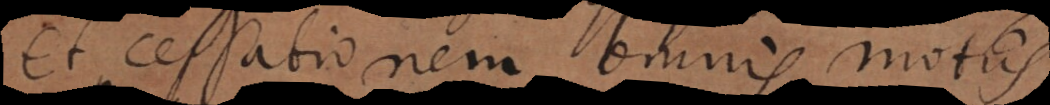
et cessationem omnis m